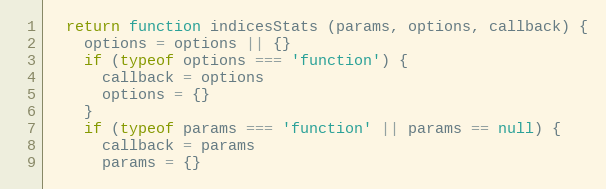
Language: JavaScript
  return function indicesStats (params, options, callback) {
    options = options || {}
    if (typeof options === 'function') {
      callback = options
      options = {}
    }
    if (typeof params === 'function' || params == null) {
      callback = params
      params = {}